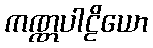
ကဏ္ဏပါဠိယော